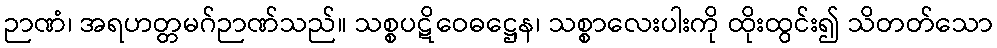
ဉာဏံ၊ အရဟတ္တမဂ်ဉာဏ်သည်။ သစ္စပဋိဝေဓဋ္ဌေန၊ သစ္စာလေးပါးကို ထိုးထွင်း၍ သိတတ်သော